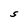
Character: S